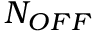
N _ { O F F }